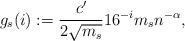
\begin{align*}g_s (i) :=\frac{c'}{2\sqrt{m_s}} 16^{-i}m_s n^{-\alpha},\end{align*}